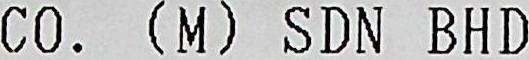
CO. (M) SDN BHD